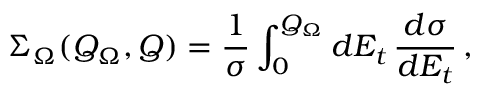
\Sigma _ { \Omega } ( Q _ { \Omega } , Q ) = \frac 1 \sigma \int _ { 0 } ^ { Q _ { \Omega } } d E _ { t } \, \frac { d \sigma } { d E _ { t } } \, ,